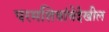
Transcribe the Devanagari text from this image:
परमशिवांचेदेखील